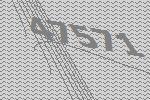
47571